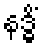
နဒ္ဓိံ